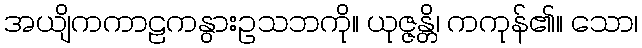
အယျိကကာဠကနွားဥသဘကို။ ယုဇ္ဇန္တိ၊ ကကုန်၏။ သော၊